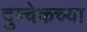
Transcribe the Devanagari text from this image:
दुब्चेकच्या